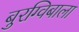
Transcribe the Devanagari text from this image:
बुरग्विबाला